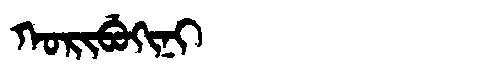
Manchu: ᡴᠣᡵᡳᠪᡠᡴᡳᠨᡳ
Romanization: KORIBUKINI